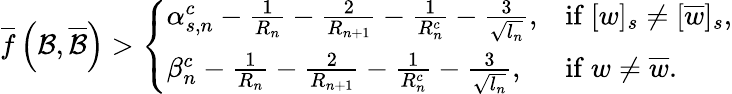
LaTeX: \overline{{f}}\left(\mathcal{B},\overline{{\mathcal{B}}}\right)>\left\{ \begin{array}{ll}{\alpha_{s,n}^{c}-\frac{1}{R_{n}}-\frac{2}{R_{n+1}}-\frac{1}{R_{n}^{c}}-\frac{3}{\sqrt{l_{n}}},}&{\mathrm{if~}[w]_{s}\neq[\overline{{w}}]_{s},}\\ {\beta_{n}^{c}-\frac{1}{R_{n}}-\frac{2}{R_{n+1}}-\frac{1}{R_{n}^{c}}-\frac{3}{\sqrt{l_{n}}},}&{\mathrm{if~}w\neq\overline{{w}}.}\end{array}\right.